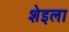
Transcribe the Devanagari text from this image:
शेइला